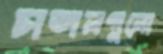
চাতালগুলো